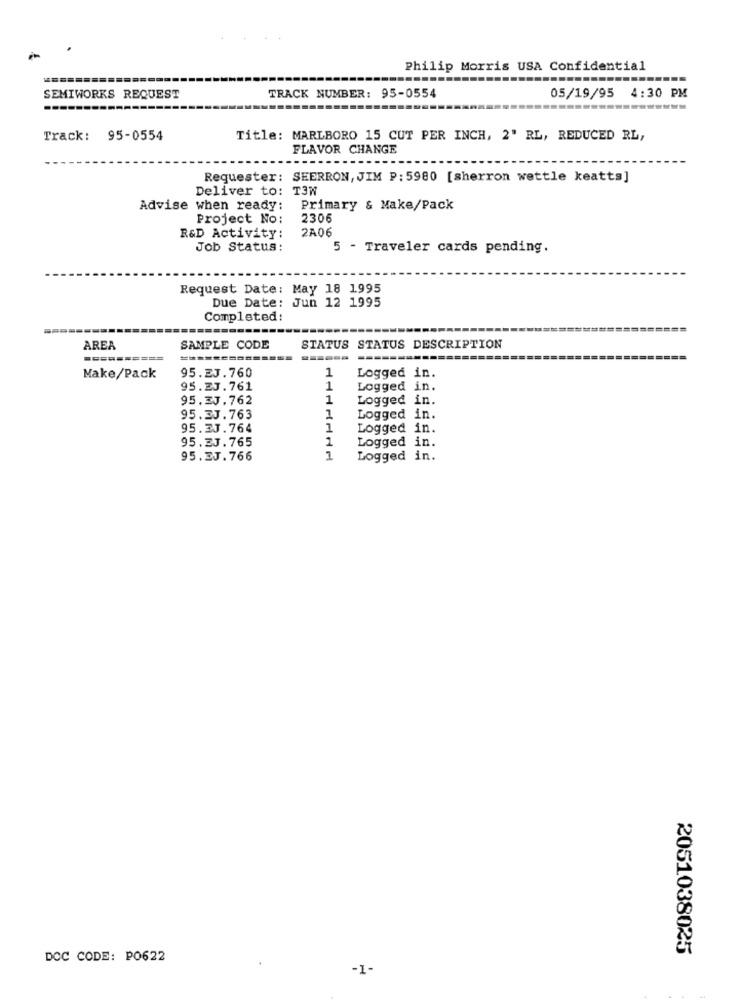
Philip Morris USA Confidential
05/19/95
4:30 PM
SEMIWORKS REQUEST
TRACK NUMBER: 95-0554
Track: 95-0554
Title: MARLBORO 15 CUT PER INCH, 2' RL, REDUCED RL,
FLAVOR CHANGE
Requester: SEERRON, JIM P: 5980 [sherron wettle keatts]
Deliver to: T3W
Advise when ready:
Primary & Make/Pack
Project No:
2306
R&D Activity:
2A06
Job Status:
5 - Traveler cards pending.
Request Date: May 18 1995
Due Date: Jun 12 1995
Completed:
AREA
SAMPLE CODE
STATUS STATUS DESCRIPTION
95.EJ.760
Logged in.
Make/Pack
1
95.23.761
1
Logged in.
95.3J.762
1
Logged in.
95.2J.763
1
Logged in.
95.3J.764
1
Logged in.
95.2J.765
1
Logged in.
95.EJ.766
1
Logged in.
2051038025
DCC CODE: PO622
-1-